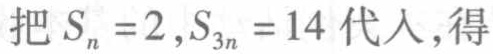
把 \(S_{n}=2,S_{3n}=14\) 代入,得